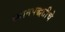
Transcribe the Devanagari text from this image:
ध्यानपद्धतीचे